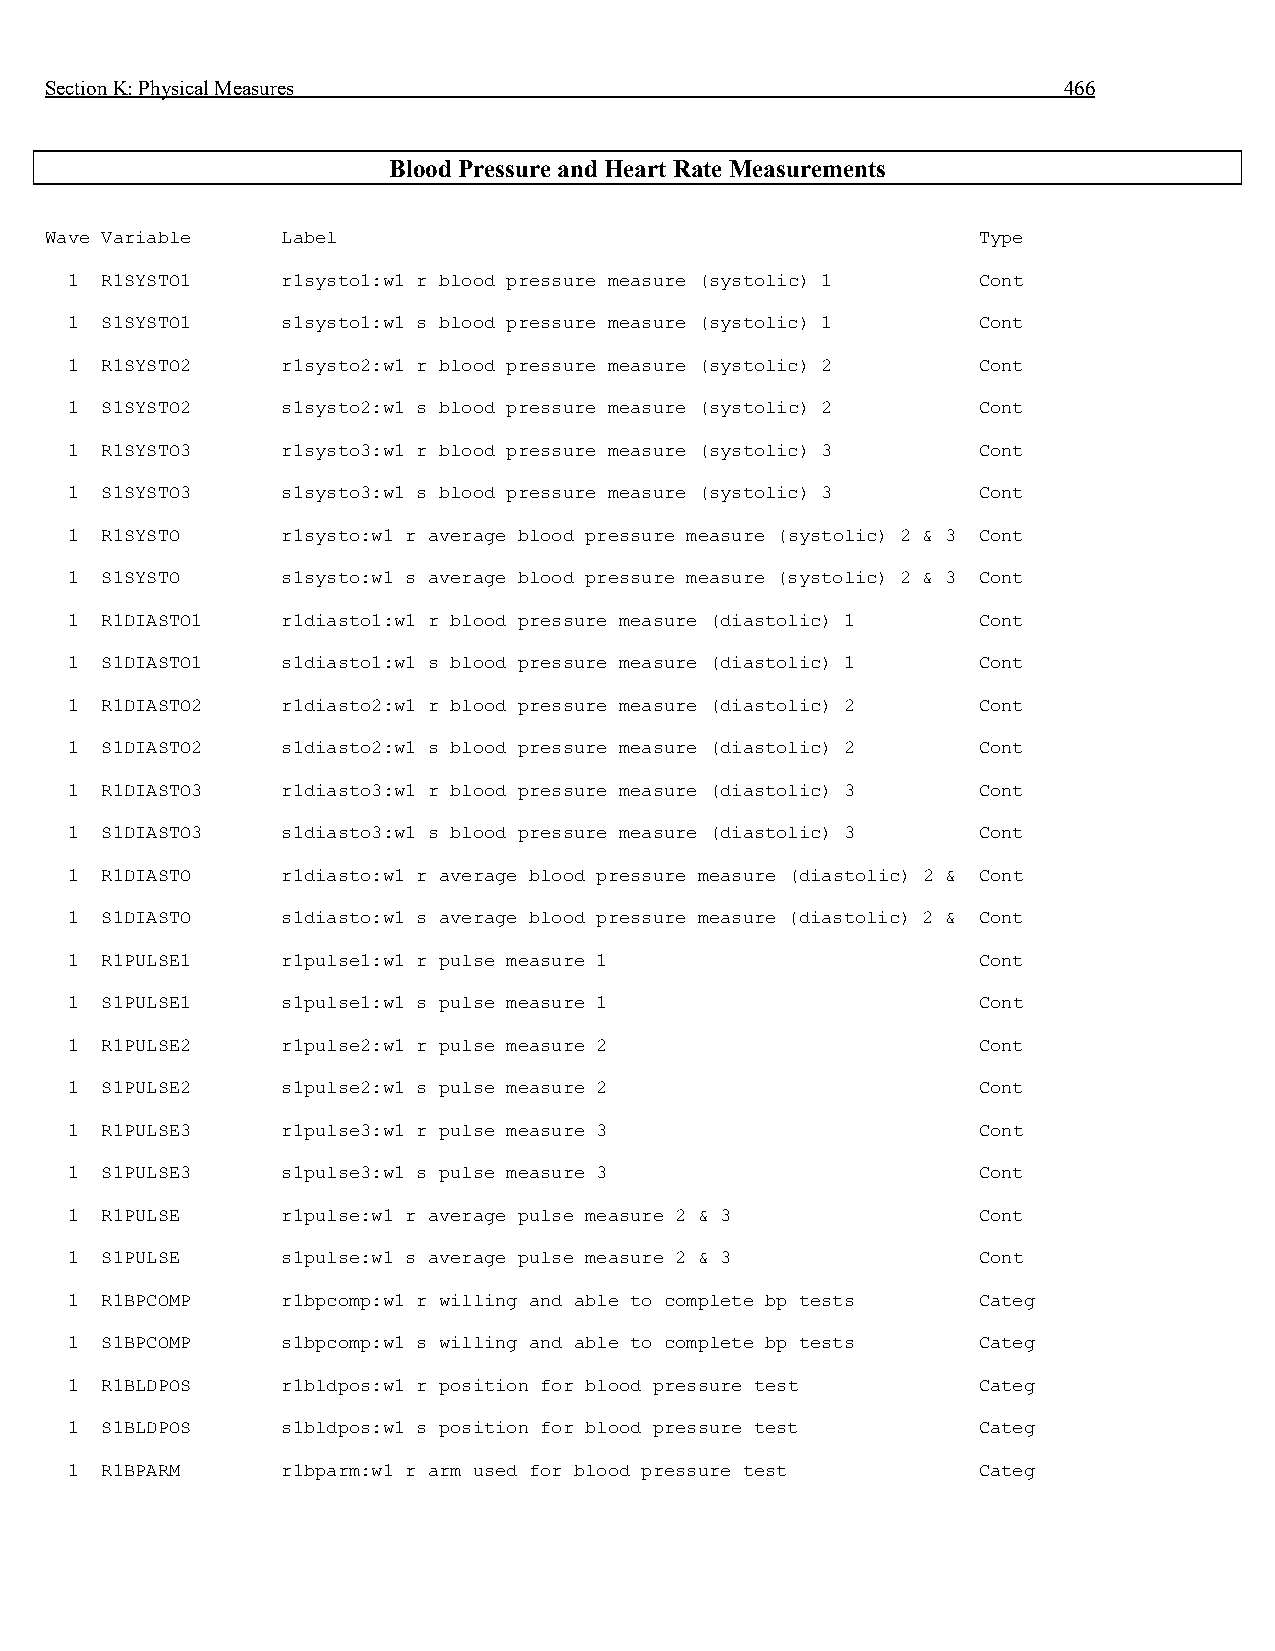
Section K: Physical Measures                                       466
 Blood Pressure and Heart Rate Measurements
 Wave Variable   Label                                         Type
 1  R1SYSTO1    r1systo1:w1 r blood pressure measure (systolic) 1 Cont
 1  S1SYSTO1    s1systo1:w1 s blood pressure measure (systolic) 1 Cont
 1  R1SYSTO2    r1systo2:w1 r blood pressure measure (systolic) 2 Cont
 1  S1SYSTO2    s1systo2:w1 s blood pressure measure (systolic) 2 Cont
 1  R1SYSTO3    r1systo3:w1 r blood pressure measure (systolic) 3 Cont
 1  S1SYSTO3    s1systo3:w1 s blood pressure measure (systolic) 3 Cont
 1  R1SYSTO     r1systo:w1 r average blood pressure measure (systolic) 2 & 3 Cont
 1  S1SYSTO     s1systo:w1 s average blood pressure measure (systolic) 2 & 3 Cont
 1  R1DIASTO1   r1diasto1:w1 r blood pressure measure (diastolic) 1 Cont
 1  S1DIASTO1   s1diasto1:w1 s blood pressure measure (diastolic) 1 Cont
 1  R1DIASTO2   r1diasto2:w1 r blood pressure measure (diastolic) 2 Cont
 1  S1DIASTO2   s1diasto2:w1 s blood pressure measure (diastolic) 2 Cont
 1  R1DIASTO3   r1diasto3:w1 r blood pressure measure (diastolic) 3 Cont
 1  S1DIASTO3   s1diasto3:w1 s blood pressure measure (diastolic) 3 Cont
 1  R1DIASTO    r1diasto:w1 r average blood pressure measure (diastolic) 2 & Cont
 1  S1DIASTO    s1diasto:w1 s average blood pressure measure (diastolic) 2 & Cont
 1  R1PULSE1    r1pulse1:w1 r pulse measure 1                 Cont
 1  S1PULSE1    s1pulse1:w1 s pulse measure 1                 Cont
 1  R1PULSE2    r1pulse2:w1 r pulse measure 2                 Cont
 1  S1PULSE2    s1pulse2:w1 s pulse measure 2                 Cont
 1  R1PULSE3    r1pulse3:w1 r pulse measure 3                 Cont
 1  S1PULSE3    s1pulse3:w1 s pulse measure 3                 Cont
 1  R1PULSE     r1pulse:w1 r average pulse measure 2 & 3      Cont
 1  S1PULSE     s1pulse:w1 s average pulse measure 2 & 3      Cont
 1  R1BPCOMP    r1bpcomp:w1 r willing and able to complete bp tests Categ
 1  S1BPCOMP    s1bpcomp:w1 s willing and able to complete bp tests Categ
 1  R1BLDPOS    r1bldpos:w1 r position for blood pressure test Categ
 1  S1BLDPOS    s1bldpos:w1 s position for blood pressure test Categ
 1  R1BPARM     r1bparm:w1 r arm used for blood pressure test Categ